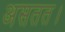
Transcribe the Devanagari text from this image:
असतत।